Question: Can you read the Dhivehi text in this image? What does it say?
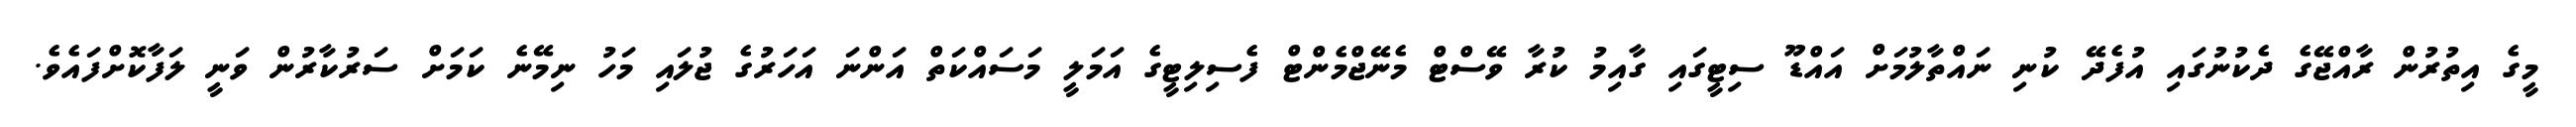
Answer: މީގެ އިތުރުން ރާއްޖޭގެ ދެކުނުގައި އުފެދޭ ކުނި ނައްތާލުމަށް އައްޑޫ ސިޓީގައި ގާއިމު ކުރާ ވޭސްޓް މެނޭޖްމެންޓް ފެސިލިޓީގެ އަމަލީ މަސައްކަތް އަންނަ އަހަރުގެ ޖުލައި މަހު ނިމޭނެ ކަމަށް ސަރުކާރުން ވަނީ ލަފާކޮށްފައެވެ.